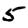
Digit: 5